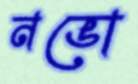
নভো